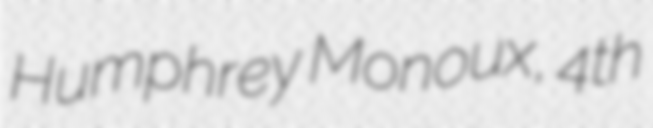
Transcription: Humphrey Monoux, 4th